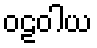
ဝဠဝါယ